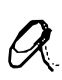
Text: a
Cross-out: clean
Writing tool: digital_black